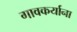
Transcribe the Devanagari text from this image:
गावकर्याना